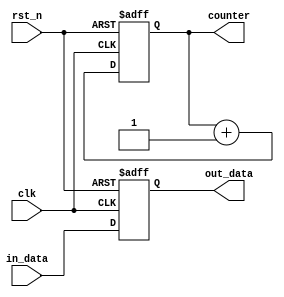
module sequential_logic (
    input wire clk,          // Clock signal
    input wire rst_n,       // Active-low asynchronous reset
    input wire [7:0] in_data, // Input data
    output reg [7:0] out_data, // Output data
    output reg [3:0] counter // Simple counter
);

    // Sequential logic block triggered on the rising edge of clk
    always @ (posedge clk or negedge rst_n) begin
        if (!rst_n) begin
            // Synchronous reset: reset internal states
            out_data <= 8'b0; // Reset output data
            counter <= 4'b0;   // Reset counter
        end else begin
            // Update output data and counter on clock edge
            out_data <= in_data; // Assign input data to output
            counter <= counter + 1; // Increment counter
        end
    end

endmodule